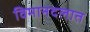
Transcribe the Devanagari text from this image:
विमानदलात